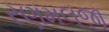
રણમલજી